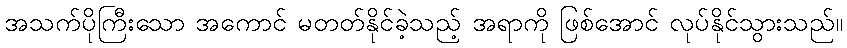
အသက်ပိုကြီးသော အကောင် မတတ်နိုင်ခဲ့သည့် အရာကို ဖြစ်အောင် လုပ်နိုင်သွားသည်။